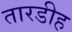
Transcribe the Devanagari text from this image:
तारडीह